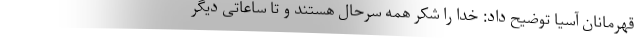
قهرمانان آسیا توضیح داد: خدا را شکر همه سرحال هستند و تا ساعاتی دیگر